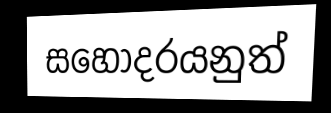
සහෝදරයනුත්